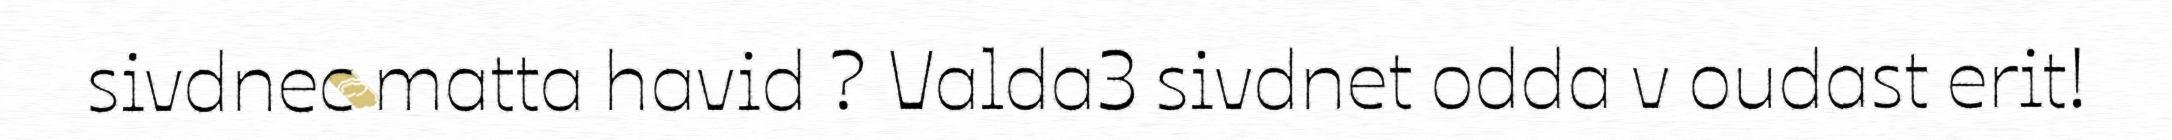
sivdnec matta havid ? Valda3 sivdnet odda v oudast erit!